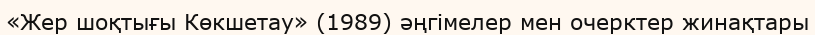
«Жер шоқтығы Көкшетау» (1989) әңгімелер мен очерктер жинақтары